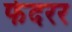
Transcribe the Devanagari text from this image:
फेदरर